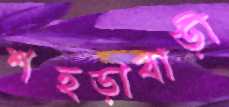
শহড়াবাড়ী